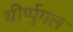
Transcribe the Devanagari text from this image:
थीर्प्पुगल